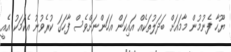
ޔޫހާ ފެނުމުން މާމައަށް ބަދަލުތަކެއް އައިކަން އަހަންނަށްވެސް ފާހަގަ ކުރެވުނު އެކަމަކު އެއީ